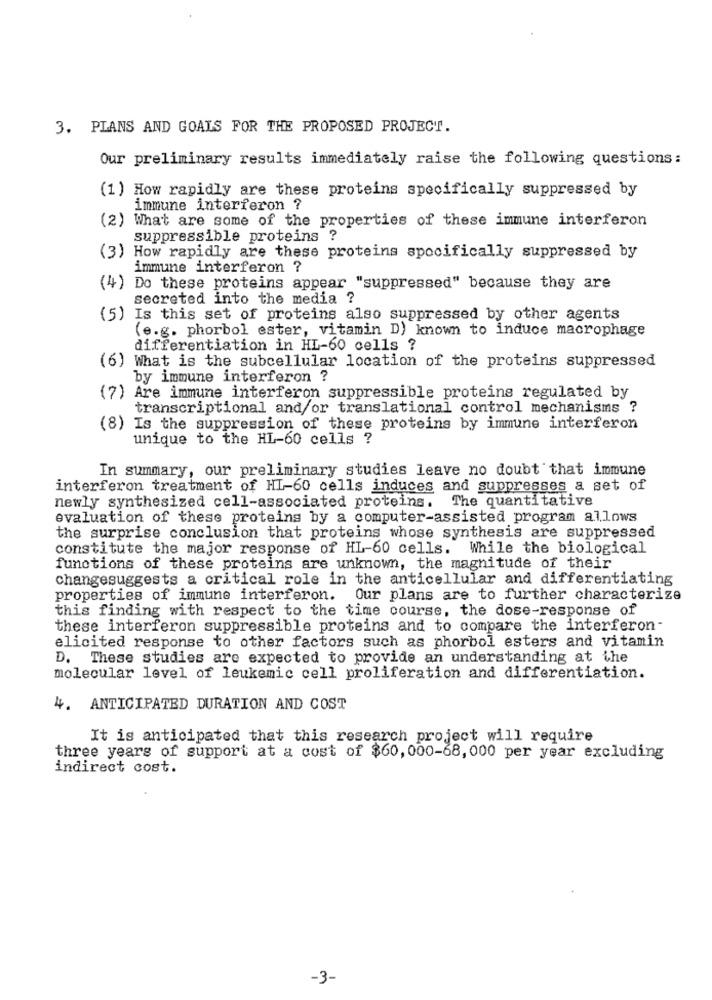
3. PLANS AND GOALS FOR THE PROPOSED PROJECT.
Our preliminary results immediately raise the following questions:
(1) How rapidly are these proteins specifically suppressed by
immune interferon ?
(2) What are some of the properties of these immune interferon
suppressible proteins ?
(3) How rapidly are these proteins spocifically suppressed by
immune interferon ?
(4) Do these proteins appear "suppressed" because they are
secreted into the media ?
(5) Is this set of proteins also suppressed by other agents
(e.g. phorbol ester, vitamin D) known to induce macrophage
differentiation in HL-60 cells ?
(6) What is the subcellular location of the proteins suppressed
by immune interferon ?
(7) Are immune interferon suppressible proteins regulated by
transcriptional and/or translational control mechanisms ?
(8) Is the suppression of these proteins by immune interferon
unique to the HL-60 cells ?
In summary, our preliminary studies leave no doubt that immune
interferon treatment of HI-60 cells induces and suppresses a set of
newly synthesized cell-associated proteins. The quantitative
evaluation of these proteins by a computer-assisted program allows
the surprise conclusion that proteins whose synthesis are suppressed
constitute the major response of HL-60 cells. While the biological
functions of these proteins are unknown, the magnitude of their
changesuggests a critical role in the anticellular and differentiating
properties of immune interferon.
Our plans are to further characterize
this finding with respect to the time course, the dose-response of
these interferon suppressible proteins and to compare the interferon-
elicited response to other factors such as phorbol esters and vitamin
D. These studies are expected to provide an understanding at the
molecular level of leukemic cell proliferation and differentiation.
4. ANTICIPATED DURATION AND COST
It is anticipated that this research project will require
three years of support at a cost of $60, 000-68, 000 per year excluding
indirect cost.
-3-